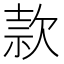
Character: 款